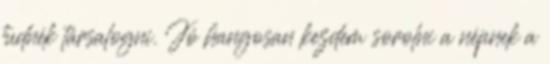
tudnék társalogni. Jó hangosan kezdem sorolni a népnek a